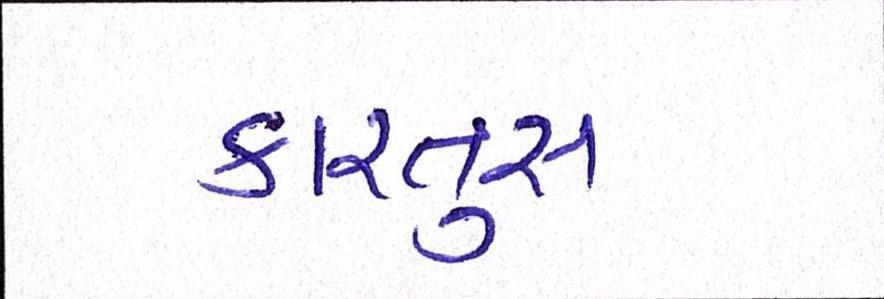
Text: કારતુસ